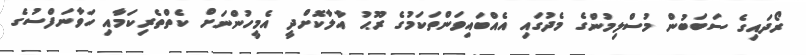
ރޯދައިގެ ސަބަބުން މުސްލިމުންގެ މެދުގައި އެއްބައިވަންތަކަމުގެ ރޫޙު އާލާކޮށްދީ އެމީހުންނަށް ކެތްތެރިކަމާއި ހަވާނަފްސުގެ